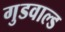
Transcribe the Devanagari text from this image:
गुडवाल्ड